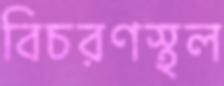
বিচরণস্থল